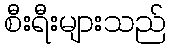
စီးရီးများသည်